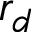
r _ { d }